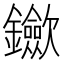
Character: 𨰇